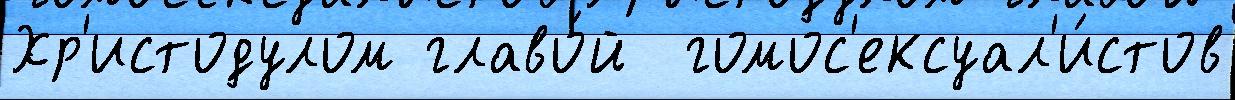
Хр'истодулом главо́й  гомос'ексуал'и́стов